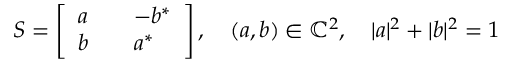
S = \left[ \begin{array} { l l l } { a } & { } & { - b ^ { * } } \\ { b } & { } & { a ^ { * } } \end{array} \right] , \quad ( a , b ) \in \mathbb { C } ^ { 2 } , \quad | a | ^ { 2 } + | b | ^ { 2 } = 1